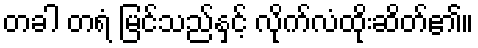
တခါ တရံ မြင်သည်နှင့် လိုက်လံထိုးဆိတ်၏။